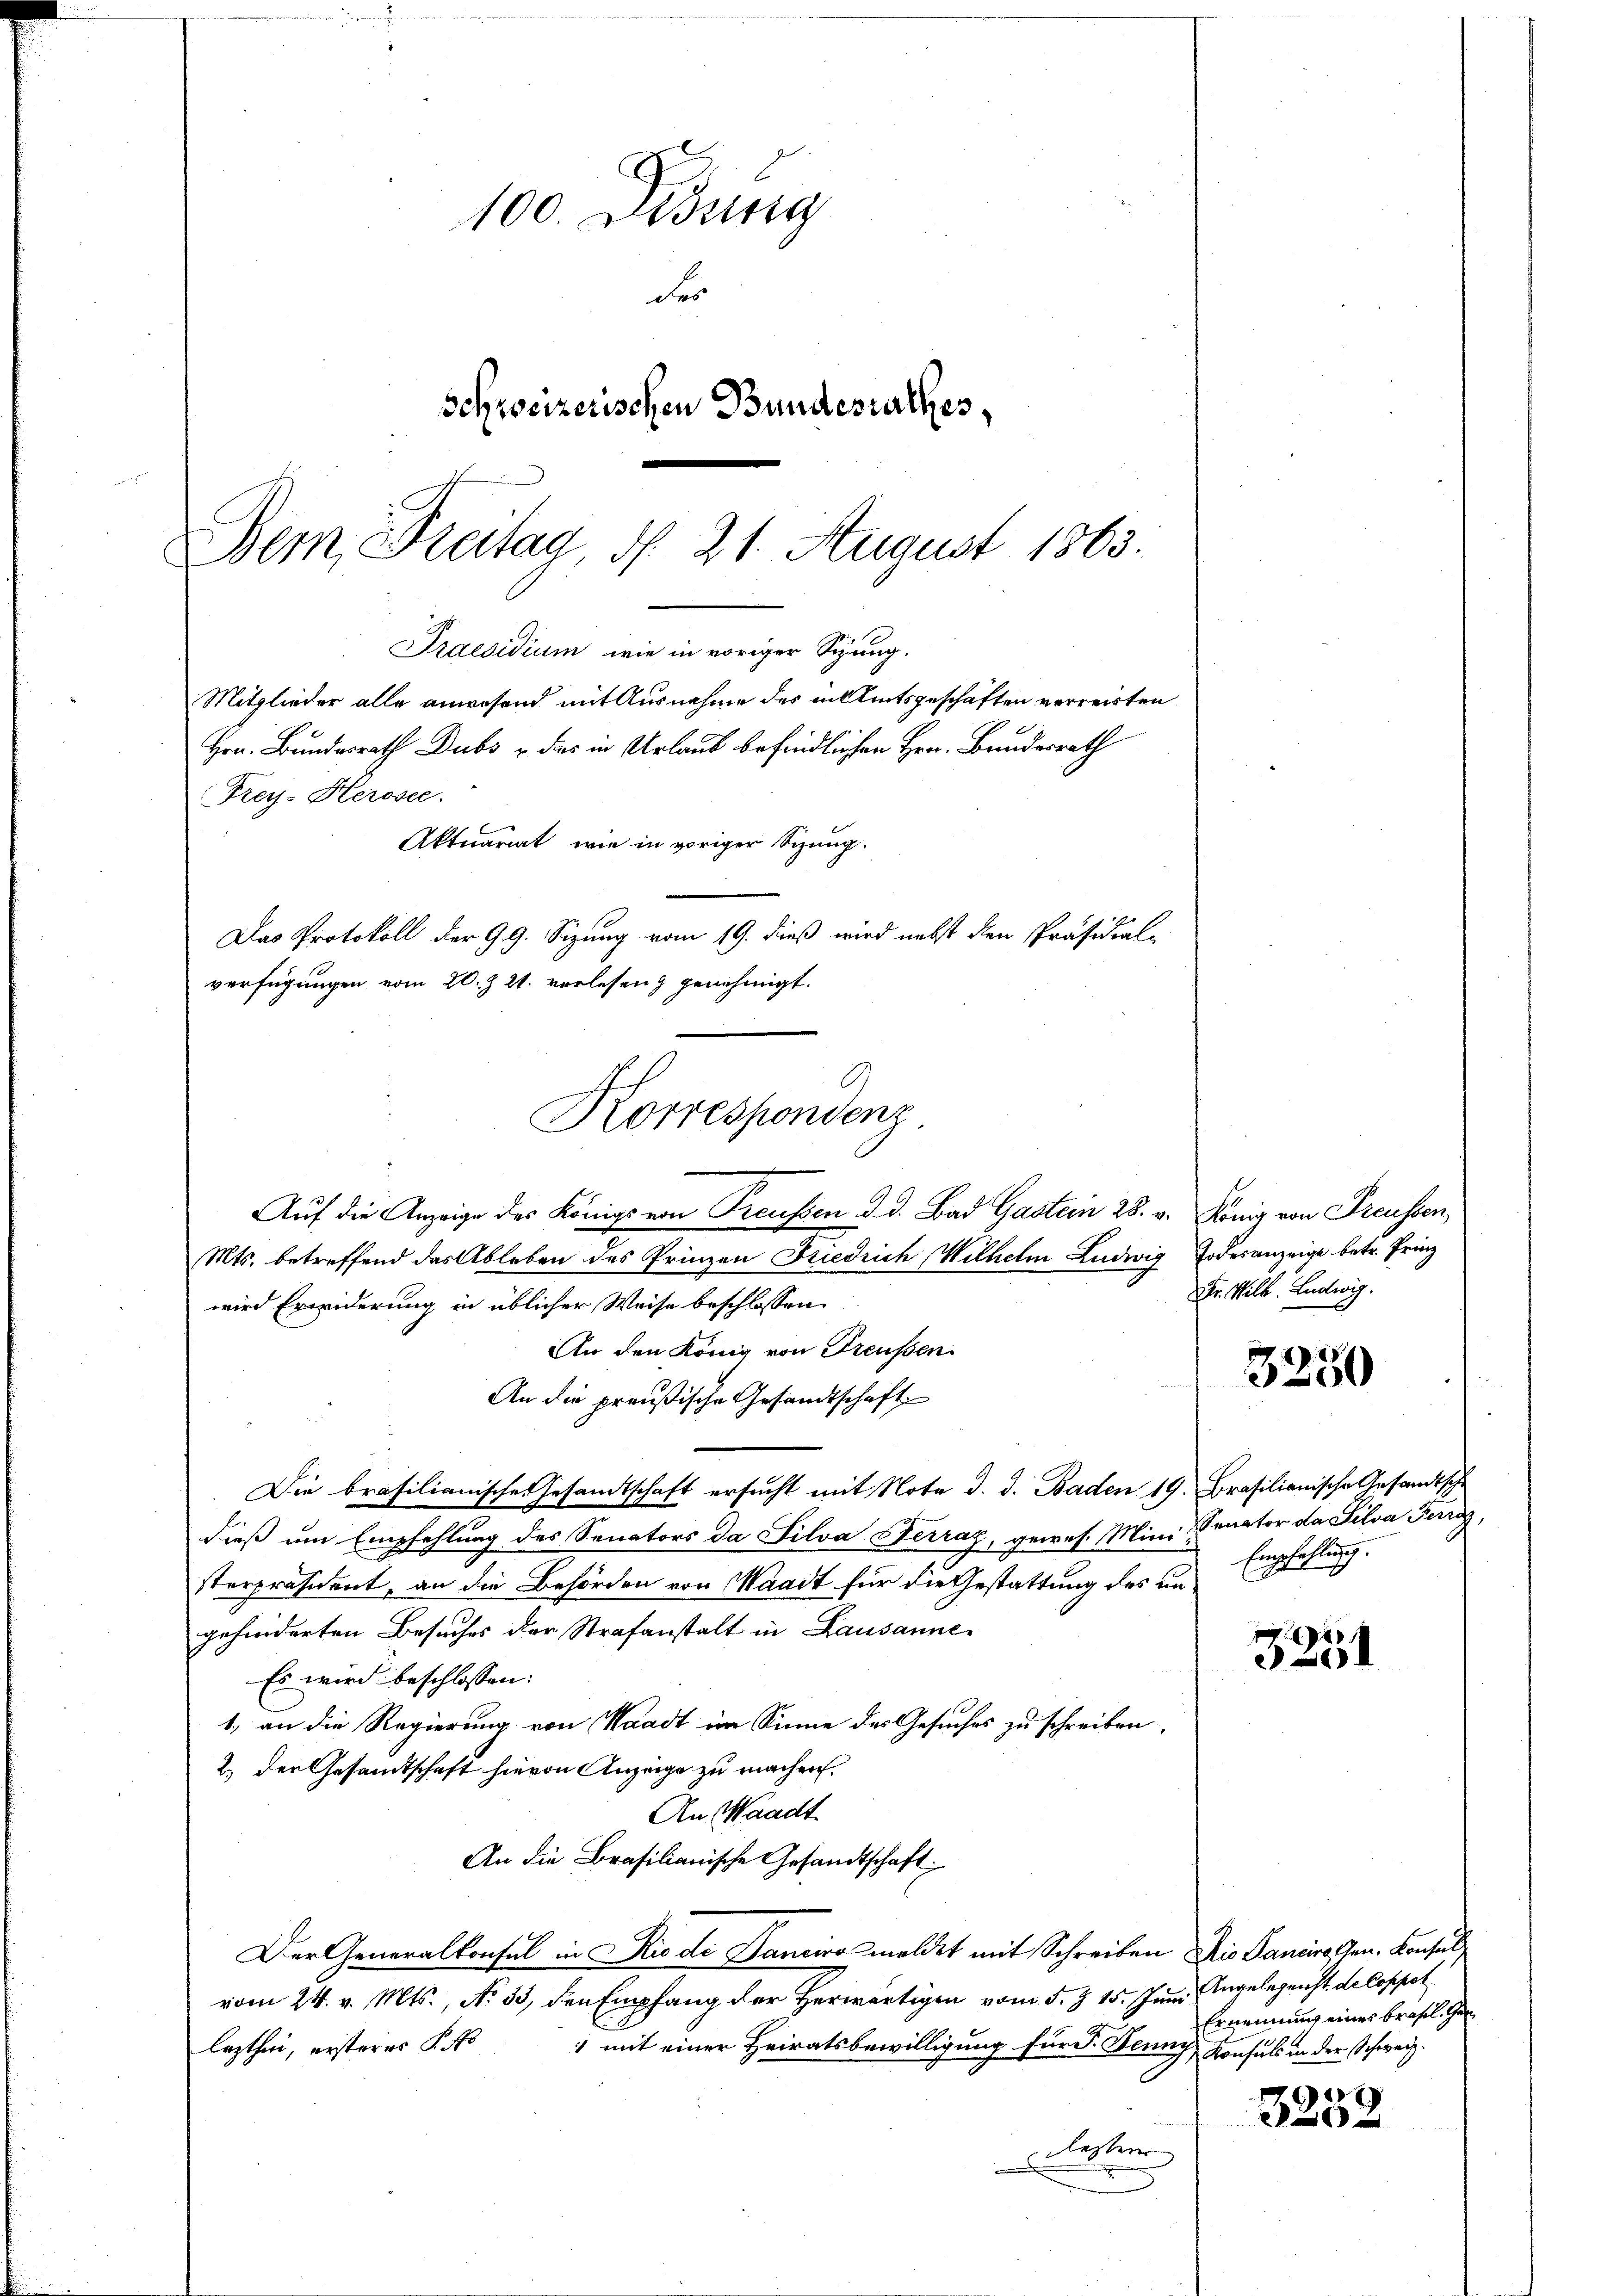
100. Didung
der
schweizerischen Bundesrathes,
Bern, Breitag, d. 21. August 1863.

Praesidium wie in voriger Sitzung.
Mitglieder alle anwesend mit Ausnahme des in Amtsgeschäften verreisten
Hrn. Bundesrath Dubs u. das in Urlaub befindlichen Hrn. Bundesrath
Aktuariat, wie in voriger Sizung.
Das Protokoll der 99. Sizung vom 19. dieß wird nebst den Präsidial-
verfügungen vom 20. Z. 21. verlesen genehmigt.
Jes
Korrespondenz

Auf die Anzeige des Königs von Preußen d. d. Bad Gasten 28. v. König von Freussen,
Mts. betreffend das Ableben des Prinzen Friedrich Wilhelm Ludwig Todesanzeige betr. Frinz
wird Erwiderung in üblicher Weise beschlossen:
An den König von Preußen
An die preußische Gesandtschaft
Die brasilianische Gesandtschaft ersucht mit Note d. d. Baden 19. Brasilianische Gesandtsch
dieß um Empfehlung des Senators da Silva Ferraz, gewes. Mini Senator da Silva Furrg,
sterpräsident, an die Behörden von Waadt für die Gestattung des ungehinderten Besuches der Strafanstalt in Lausanne
Es wird beschlossen:
1. an die Regierung von Waadt im Sinne des Gesuches zu schreiben,
2.) Der Gesandtschaft hievon Anzeige zu machen.
An Waadt
An die Brasilianische Gesandtschaft:
Der Generalkonsul in Rio di Saneiro meldet mit Schreiben Dis Panire Gen. Konsul
vom 24. v. Mts., No. 33, den Empfang der Herwärtigen vom 5. §. 15. Juni Angelegenst de Coppet
lezthin, ersteres §. 48
1 mit einer Heiratsbewilligung für d. Jenny, Konsuls in der Schweiz.
lester
n

Frey-Herosee.

Fr. Wilh. Ludwig.

3250

Empfehlung.

3251

Ernennung eines Brasel. Gen

x
e